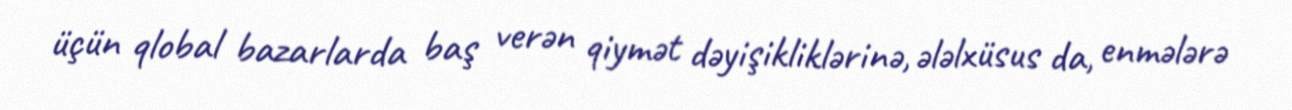
üçün qlobal bazarlarda baş verən qiymət dəyişikliklərinə, ələlxüsus da, enmələrə